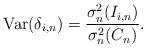
LaTeX: \begin{align*}\mbox{Var}(\delta _{i,n})=\frac{\sigma _{n}^{2}(I_{i,n})}{\sigma_{n}^{2}(C_{n})}. \end{align*}